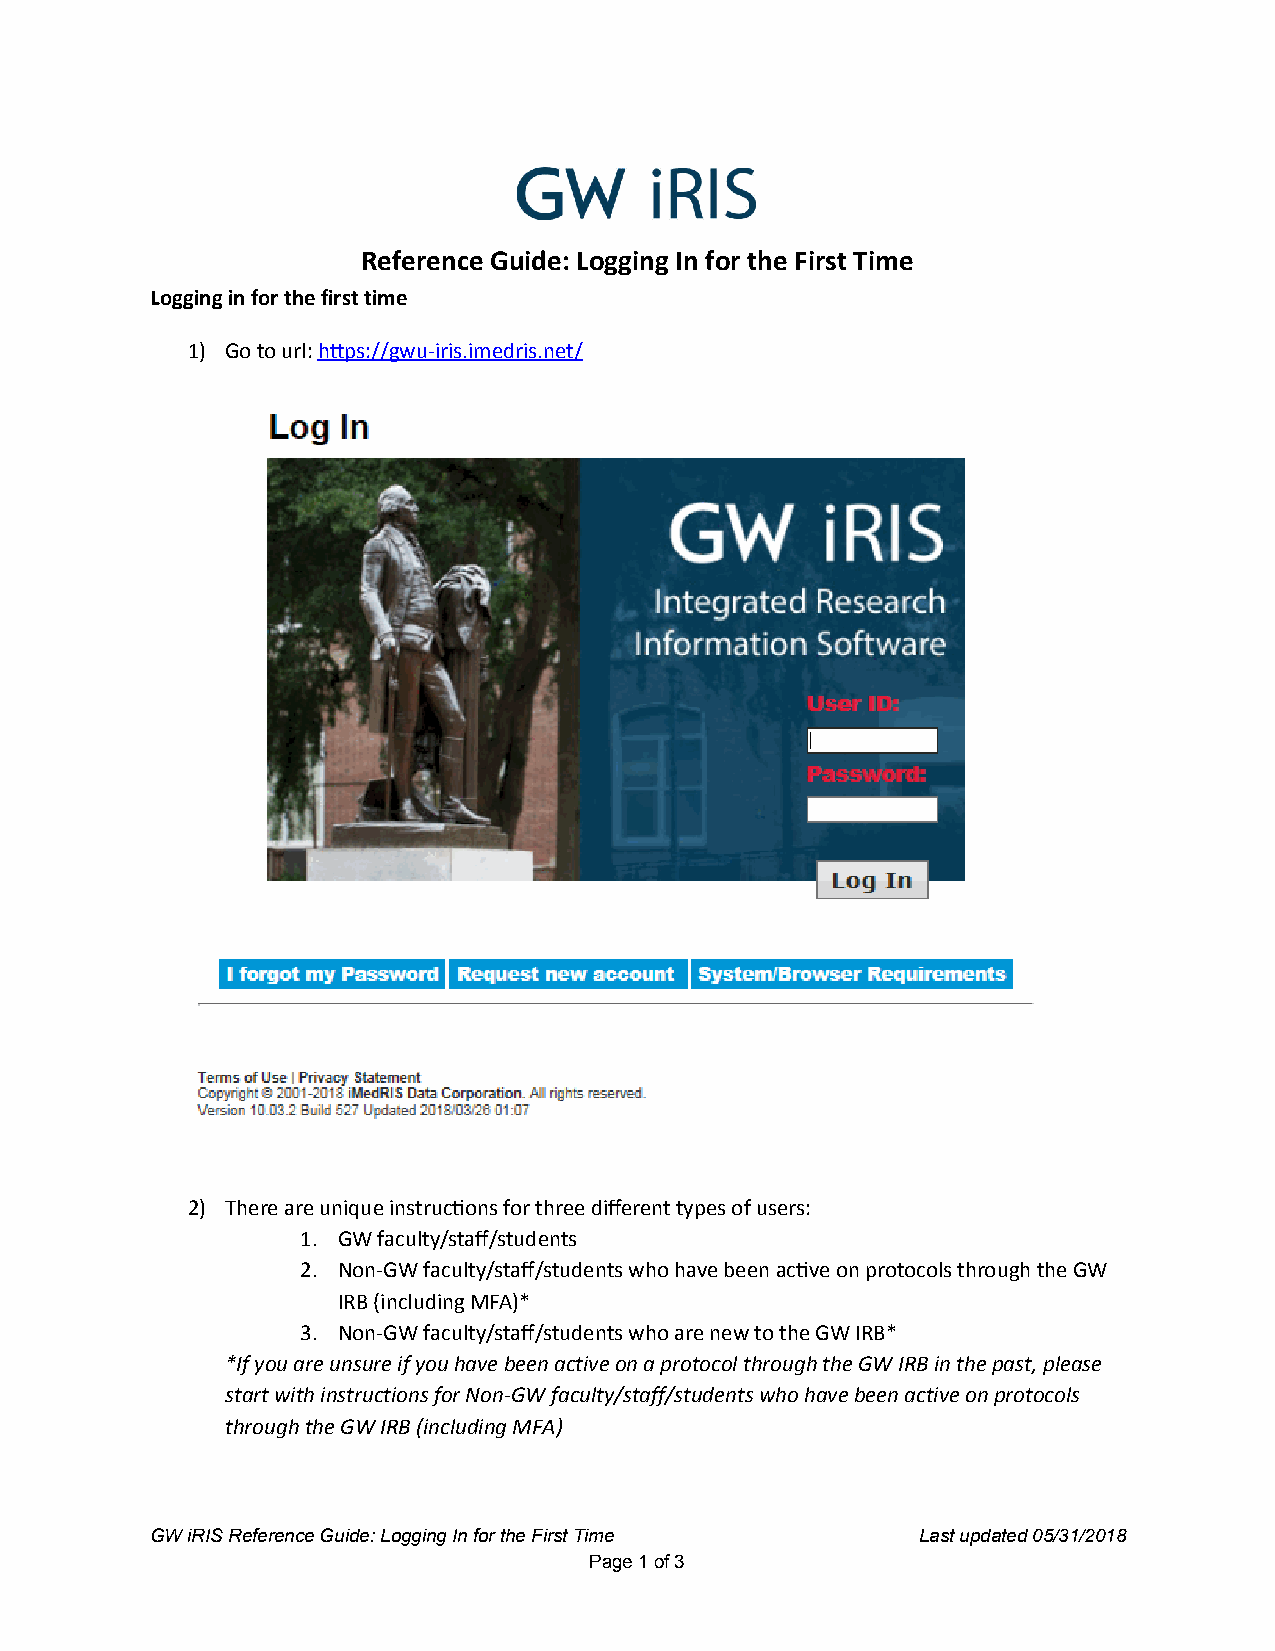
Reference Guide: Logging In for the First Time
 Logging in for the first time
 1) Go to url: h ps://gwu-iris.imedris.net/
 2) There are unique instrucons for three different types of users:
 1. GW faculty/staff/students
 2. Non-GW faculty/staff/students who have been acve on protocols through the GW
 IRB (including MFA)*
 3. Non-GW faculty/staff/students who are new to the GW IRB*
 *If you are unsure if you have been active on a protocol through the GW IRB in the past, please
 start with instructions for Non-GW faculty/staff/students who have been active on protocols
 through the GW IRB (including MFA)
 GW iRIS Reference Guide: Logging In for the First Time Last updated 05/31/2018
 Page 1 of 3